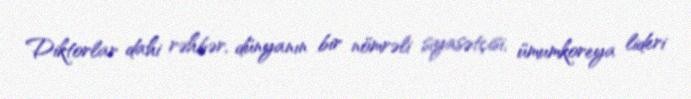
Diktorlar dahi rəhbər, dünyanın bir nömrəli siyasətçisi, ümumkoreya lideri